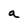
Character: a